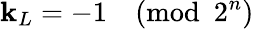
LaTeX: \mathbf{k}_{L}=-1{\pmod{2^{n}}}